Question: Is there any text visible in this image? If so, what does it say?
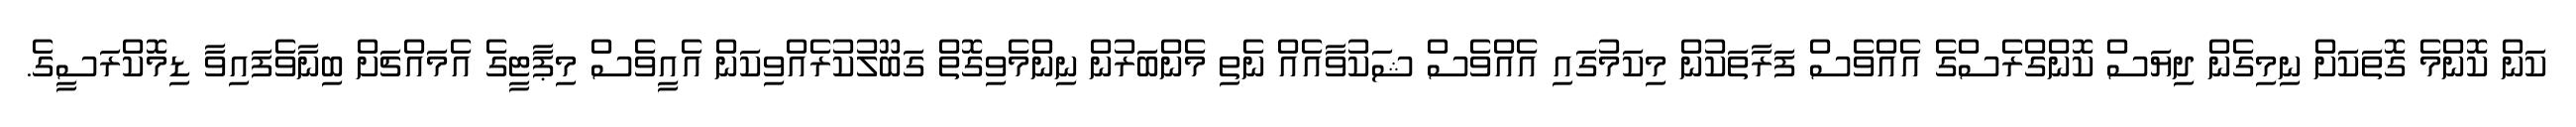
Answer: ކަން ކޮންމެ ގޮތަކަށް ނިމިގެން ދިޔަސް ކޮންގްރެސްގެ އެއްވެސް ފަރާތަކުން މިކަމުގައި އެއްވެސް ޝަކުވާއެއް ނެތި މެންބަރުން ނިންމެވިގޮތް ގަބޫލުކުރެއްވިކަން އެއީވެސް މިޕާޓީގެ އެމައްޗަށް ބިނާވެފައިވާ ޑިމޮކްރަސީގެ.